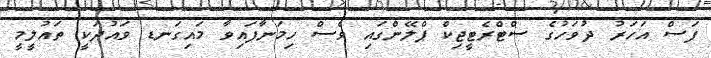
ފަސް އަހަރު ދުވަހުގެ ސްޓްރެޓީޖިކް ޕްލޭންގައި ވެސް ހިމަނާފައިވާ މައިގަނޑ ވައުދަކީ ތައުލީމީ